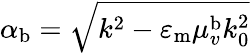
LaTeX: \alpha_{\mathrm{b}}=\sqrt{k^{2}-\varepsilon_{\mathrm{m}}\mu_{v}^{\mathrm{b}}k_{\mathrm{0}}^{2}}